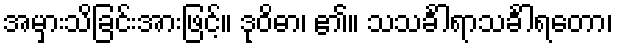
အမှားသိခြင်းအားဖြင့်။ ဒုဝိဓာ၊ ၏။ သသင်္ခါရာသင်္ခါရတော၊